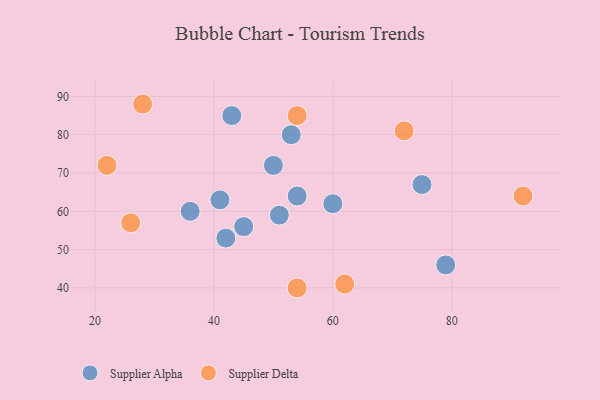
{"axis": {"x": "GDP", "y": "Life Expectancy"}, "legend": ["Supplier Alpha", "Supplier Delta"], "data": [{"x": "60", "y": 62, "type": "Supplier Alpha"}, {"x": "53", "y": 80, "type": "Supplier Alpha"}, {"x": "41", "y": 63, "type": "Supplier Alpha"}, {"x": "50", "y": 72, "type": "Supplier Alpha"}, {"x": "36", "y": 60, "type": "Supplier Alpha"}, {"x": "51", "y": 59, "type": "Supplier Alpha"}, {"x": "54", "y": 64, "type": "Supplier Alpha"}, {"x": "43", "y": 85, "type": "Supplier Alpha"}, {"x": "42", "y": 53, "type": "Supplier Alpha"}, {"x": "45", "y": 56, "type": "Supplier Alpha"}, {"x": "79", "y": 46, "type": "Supplier Alpha"}, {"x": "75", "y": 67, "type": "Supplier Alpha"}, {"x": "28", "y": 88, "type": "Supplier Delta"}, {"x": "54", "y": 85, "type": "Supplier Delta"}, {"x": "54", "y": 40, "type": "Supplier Delta"}, {"x": "92", "y": 64, "type": "Supplier Delta"}, {"x": "72", "y": 81, "type": "Supplier Delta"}, {"x": "26", "y": 57, "type": "Supplier Delta"}, {"x": "22", "y": 72, "type": "Supplier Delta"}, {"x": "62", "y": 41, "type": "Supplier Delta"}]}